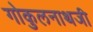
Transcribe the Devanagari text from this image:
गोकुलनाथजी